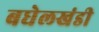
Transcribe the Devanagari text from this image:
बघेलखंडी